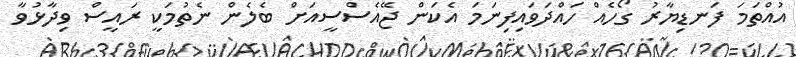
އުއްތަމަ ފަނޑިޔާރު ގޯހެއް ހައްދަވައިފިނަމަ އެކަން ޖޭއެސްސީއަށް ބެލެން ނެތުމަކީ ރައީސް ވިދާޅުވާ